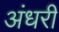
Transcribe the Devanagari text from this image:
अंधरी